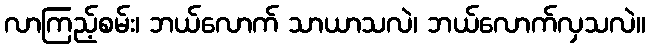
လာကြည့်စမ်း၊ ဘယ်လောက် သာယာသလဲ၊ ဘယ်လောက်လှသလဲ။